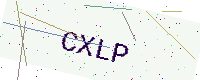
Text: CXLP